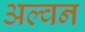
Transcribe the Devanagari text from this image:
अल्वन